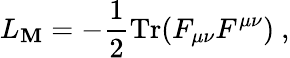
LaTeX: L_{\mathbf{M}}=-\frac{{1}}{{2}}\mathrm{{Tr}}(F_{\mu\nu}F^{\mu\nu})\ ,